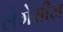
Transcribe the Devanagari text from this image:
लेगेसीज़